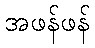
အဖန်ဖန်